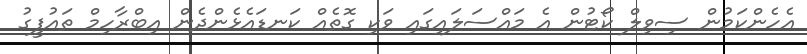
އެހެންކަމުން ސިވިލް ކޯޓުން އެ މައްސަލައިގައި ވަކި ގޮތެއް ކަނޑައެޅެންދެން އިބްރާހިމް ތައުފީގު